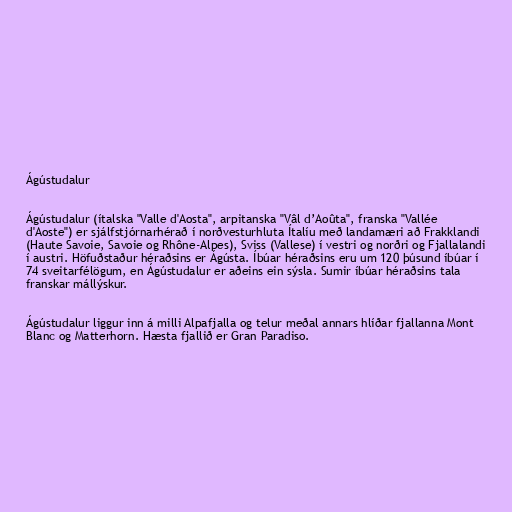
Ágústudalur

Ágústudalur (ítalska "Valle d'Aosta", arpitanska "Vâl d’Aoûta", franska "Vallée
d'Aoste") er sjálfstjórnarhérað í norðvesturhluta Ítalíu með landamæri að Frakklandi
(Haute Savoie, Savoie og Rhône-Alpes), Sviss (Vallese) í vestri og norðri og Fjallalandi
í austri. Höfuðstaður héraðsins er Ágústa. Íbúar héraðsins eru um 120 þúsund íbúar í
74 sveitarfélögum, en Ágústudalur er aðeins ein sýsla. Sumir íbúar héraðsins tala
franskar mállýskur.

Ágústudalur liggur inn á milli Alpafjalla og telur meðal annars hlíðar fjallanna Mont
Blanc og Matterhorn. Hæsta fjallið er Gran Paradiso.